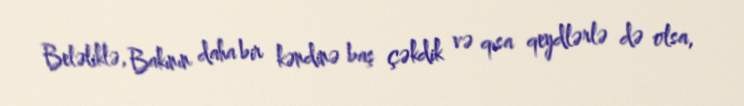
Beləliklə, Bakının daha bir kəndinə baş çəkdik və qısa qeydlərlə də olsa,